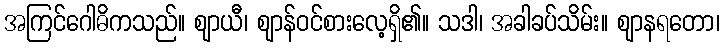
အကြင်ဂေါဓိကသည်။ ဈာယီ၊ ဈာန်ဝင်စားလေ့ရှိ၏။ သဒါ၊ အခါခပ်သိမ်း။ ဈာနရတော၊